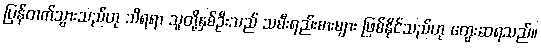
ပြန်တက်သွားသည်ဟု သိရရာ သူတို့နှစ်ဦးသည် သမီးရည်းစားများ ဖြစ်နိုင်သည်ဟု တွေးဆရသည်။